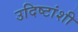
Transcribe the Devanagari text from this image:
उदिष्टांशी